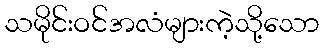
သမိုင်းဝင်အလံများကဲ့သို့သော